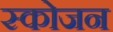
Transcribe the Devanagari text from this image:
स्कोजन